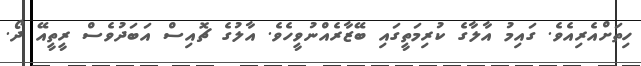
ހިތަށްއެރިއެވެ. ގައިމު އާލާގެ ކުރިމަތީގައި ބޭޒާރެއްނުވީހެވެ. އާލުގެ ޗޮއިސް އަބަދުވެސް ރީތީއޭ ދޯ.